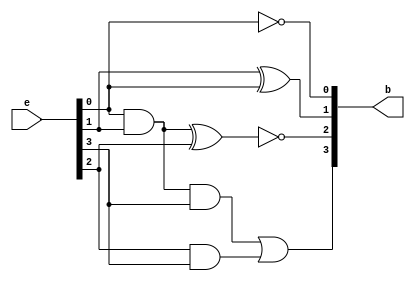

module excess_3_to_bcd(input [3:0] e, output [3:0] b);
  not(b[0], e[0]);
  xor(b[1], e[1], e[0]);
  wire w1, w2, w3;
  and(w1, e[0], e[1]);
  xnor(b[2], w1, e[2]);
  and(w2, e[0], e[1], e[3]);
  and(w3, e[2], e[3]);
  or(b[3], w2, w3);
endmodule

module excess_3_to_bcd_tb;
  reg [3:0] e;
  wire [3:0] b;
  excess_3_to_bcd eb(.e(e), .b(b));

  initial begin
    
    #100;
    e = 4'b0011;
    #100;
    e = 4'b0100;
    #100;
    e = 4'b0101; 
    #100;
    
    e = 4'b0110;
    #100;
    e = 4'b0111;
    #100;
    e = 4'b1000;
    #100;
    e = 4'b1001;
    #100;
    e = 4'b1010;
    #100;
    e = 4'b1011;
    #100;
    e = 4'b1100;
    #100;
    e = 4'b1101;
    #100;
    e = 4'b1110;
    #100;
    e = 4'b1111;
    #100;
  end
endmodule